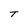
Character: T